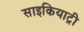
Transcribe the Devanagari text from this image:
साइकियाट्री